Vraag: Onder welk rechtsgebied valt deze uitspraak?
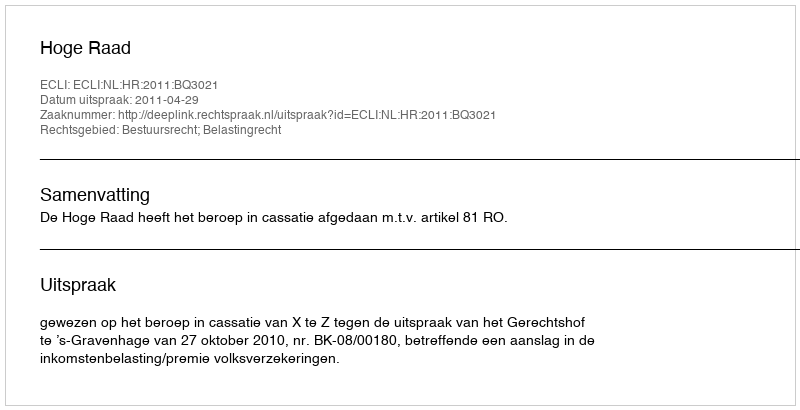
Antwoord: Bestuursrecht; Belastingrecht